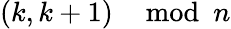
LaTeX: (k,k+1)\mod n